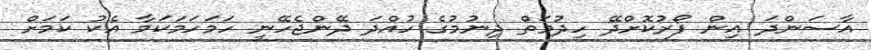
އާސަންދަ އިން ފޯރުކޮށްދޭ ހިދުމަތް ދިނުމުގެ ހުއްދަ ދޭންޖެހޭނީ ހަމަހަމަކަމާ އެކު ކަމަށް